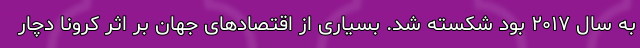
به سال ۲۰۱۷ بود شکسته شد. بسیاری از اقتصادهای جهان بر اثر کرونا دچار